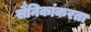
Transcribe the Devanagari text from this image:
सैनिकांकरता